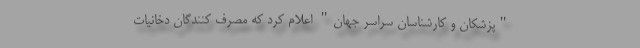
"پزشکان و کارشناسان سراسر جهان" اعلام کرد که مصرف کنندگان دخانیات